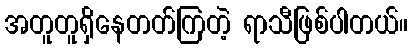
အတူတူရှိနေတတ်ကြတဲ့ ရာသီဖြစ်ပါတယ်။